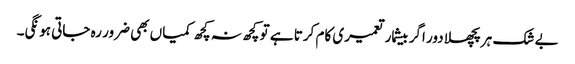
بے شک ہر پچھلا دور اگر بیشمار تعمیری کام کرتا ہے تو کچھ نہ کچھ کمیاں بھی ضرور رہ جاتی ہونگی۔